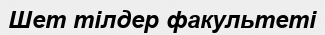
Шет тілдер факультеті